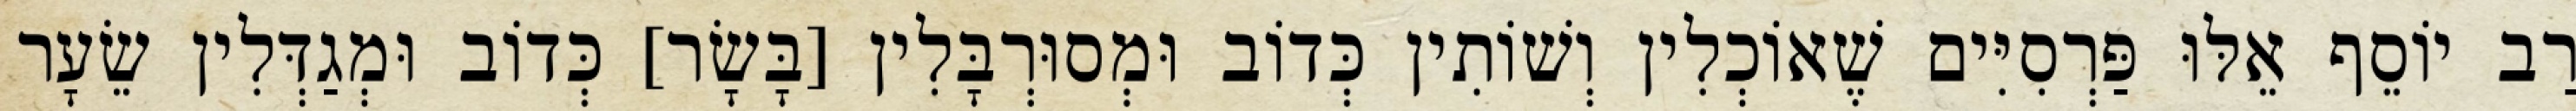
רַב יוֹסֵף אֵלּוּ פַּרְסִיִּים שֶׁאוֹכְלִין וְשׁוֹתִין כְּדוֹב וּמְסוּרְבָּלִין [בָּשָׂר] כְּדוֹב וּמְגַדְּלִין שֵׂעָר